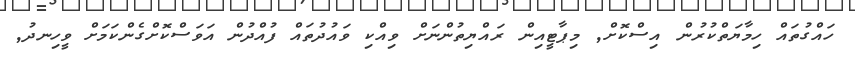
ހައްގުތައް ހިމާޔަތްކުރުން އިސްކޮށް